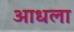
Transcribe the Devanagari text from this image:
आधला